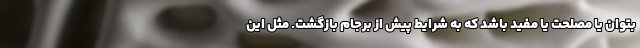
بتوان یا مصلحت یا مفید باشد که به شرایط پیش از برجام بازگشت. مثل این